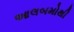
આલબમોથી